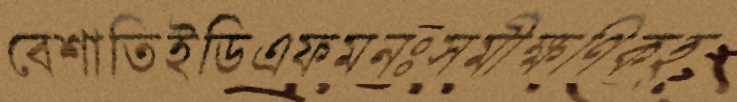
বেশাতিইডিএফমনঃসমীক্ষণিকহ্